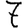
Digit: 7